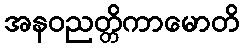
အနဝညတ္တိကာမောတိ